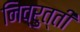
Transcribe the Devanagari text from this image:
निव्रुत्ती